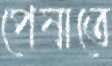
পেষাতে